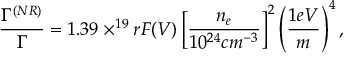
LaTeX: { \frac { \Gamma ^ { ( N R ) } } { \Gamma } } = 1 . 3 9 \times ^ { 1 9 } r F ( { \cal { V } } ) \left[ { \frac { n _ { e } } { 1 0 ^ { 2 4 } c m ^ { - 3 } } } \right] ^ { 2 } \left( { \frac { 1 e V } { m } } \right) ^ { 4 } ,